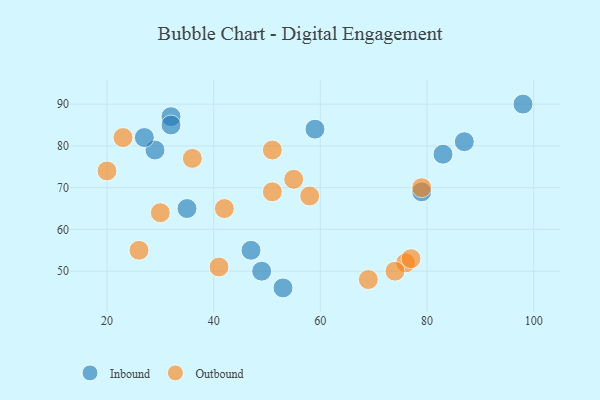
{"axis": {"x": "GDP", "y": "Life Expectancy"}, "legend": ["Inbound", "Outbound"], "data": [{"x": "59", "y": 84, "type": "Inbound"}, {"x": "79", "y": 69, "type": "Inbound"}, {"x": "53", "y": 46, "type": "Inbound"}, {"x": "49", "y": 50, "type": "Inbound"}, {"x": "35", "y": 65, "type": "Inbound"}, {"x": "32", "y": 87, "type": "Inbound"}, {"x": "87", "y": 81, "type": "Inbound"}, {"x": "47", "y": 55, "type": "Inbound"}, {"x": "32", "y": 85, "type": "Inbound"}, {"x": "29", "y": 79, "type": "Inbound"}, {"x": "83", "y": 78, "type": "Inbound"}, {"x": "27", "y": 82, "type": "Inbound"}, {"x": "98", "y": 90, "type": "Inbound"}, {"x": "58", "y": 68, "type": "Outbound"}, {"x": "20", "y": 74, "type": "Outbound"}, {"x": "51", "y": 69, "type": "Outbound"}, {"x": "42", "y": 65, "type": "Outbound"}, {"x": "76", "y": 52, "type": "Outbound"}, {"x": "26", "y": 55, "type": "Outbound"}, {"x": "69", "y": 48, "type": "Outbound"}, {"x": "79", "y": 70, "type": "Outbound"}, {"x": "41", "y": 51, "type": "Outbound"}, {"x": "74", "y": 50, "type": "Outbound"}, {"x": "30", "y": 64, "type": "Outbound"}, {"x": "51", "y": 79, "type": "Outbound"}, {"x": "55", "y": 72, "type": "Outbound"}, {"x": "23", "y": 82, "type": "Outbound"}, {"x": "77", "y": 53, "type": "Outbound"}, {"x": "36", "y": 77, "type": "Outbound"}]}